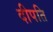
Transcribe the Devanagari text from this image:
दीपति